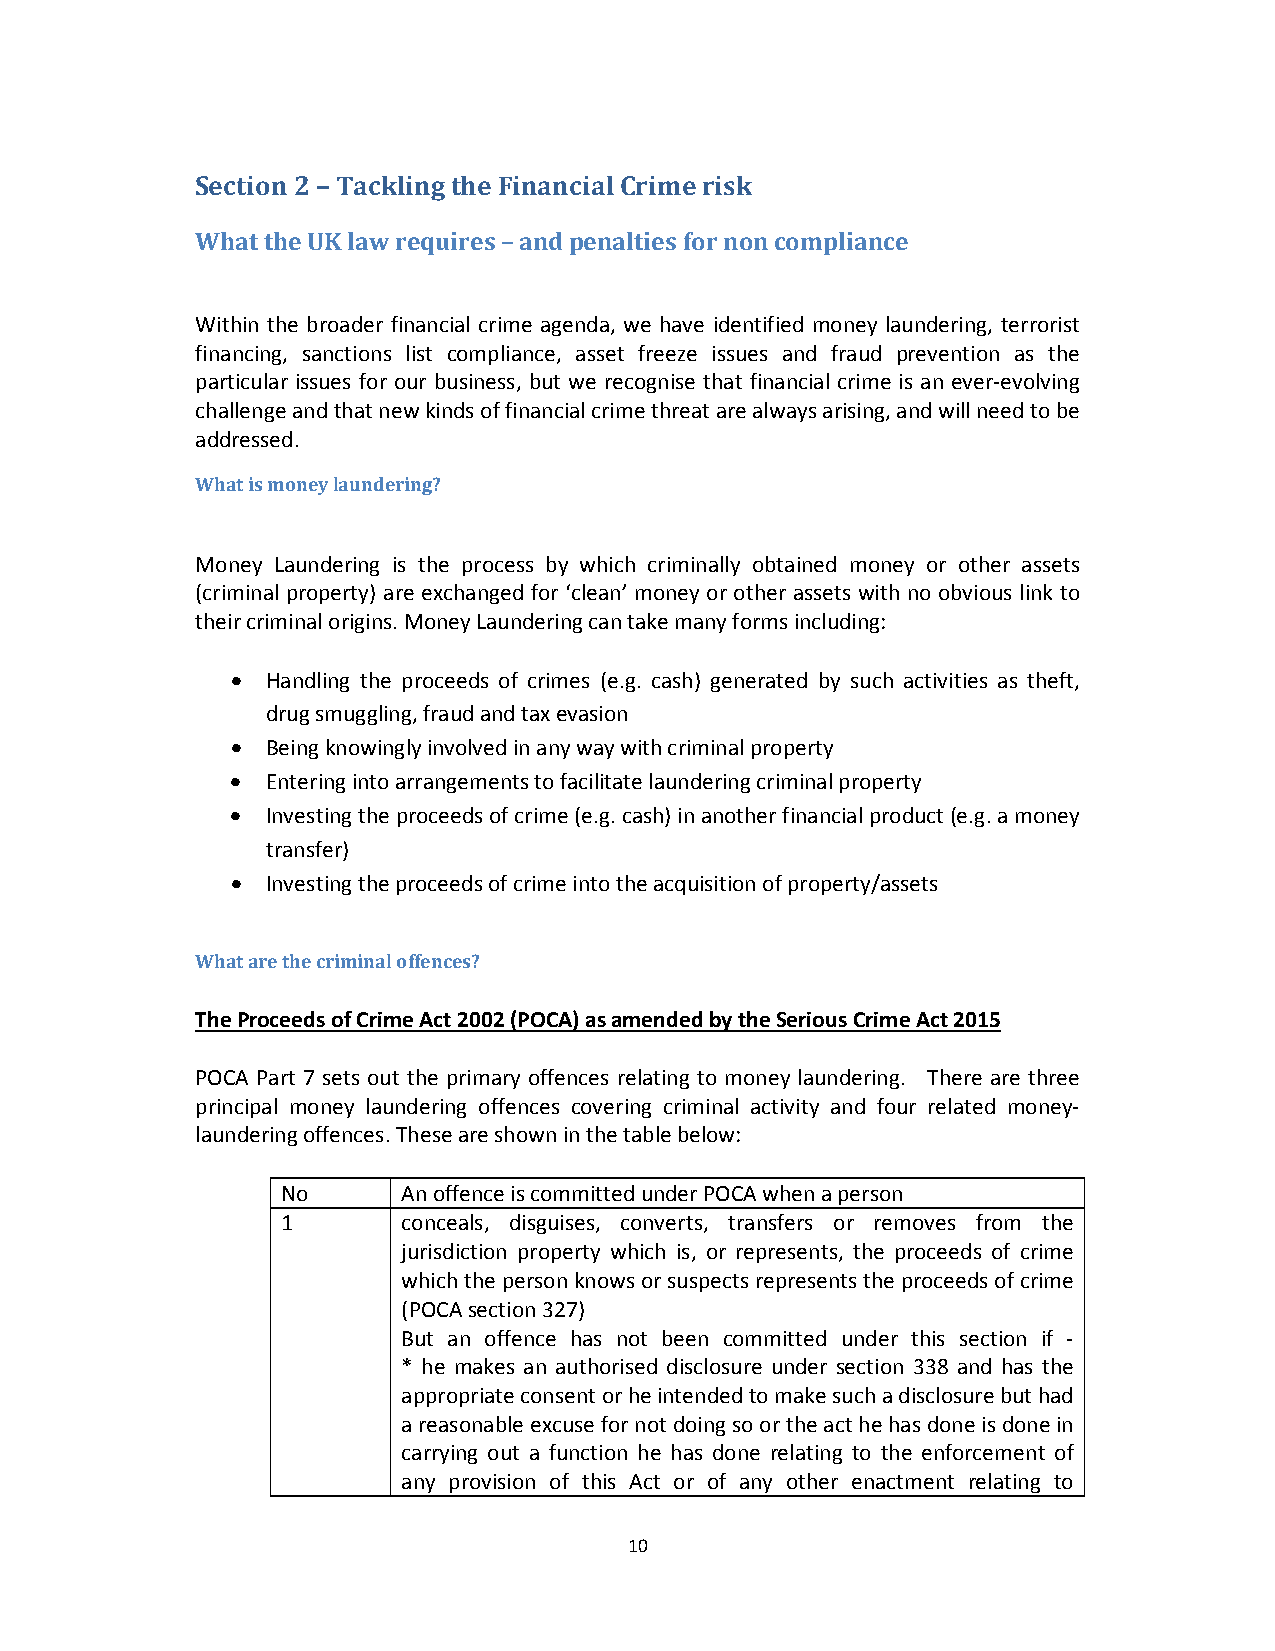
Section 2 – Tackling the Financial Crime risk
 What the UK law requires – and penalties for non compliance
 Within the broader financial crime agenda, we have identified money laundering, terrorist
 financing, sanctions list compliance, asset freeze issues and fraud prevention as the
 particular issues for our business, but we recognise that financial crime is an ever‐evolving
 challenge and that new kinds of financial crime threat are always arising, and will need to be
 addressed.
 What is money laundering?
 Money Laundering is the process by which criminally obtained money or other assets
 (criminal property) are exchanged for ‘clean’ money or other assets with no obvious link to
 their criminal origins. Money Laundering can take many forms including:
   Handling the proceeds of crimes (e.g. cash) generated by such activities as theft,
 drug smuggling, fraud and tax evasion
   Being knowingly involved in any way with criminal property
   Entering into arrangements to facilitate laundering criminal property
   Investing the proceeds of crime (e.g. cash) in another financial product (e.g. a money
 transfer)
   Investing the proceeds of crime into the acquisition of property/assets
 What are the criminal offences?
 The Proceeds of Crime Act 2002 (POCA) as amended by the Serious Crime Act 2015
 POCA Part 7 sets out the primary offences relating to money laundering. There are three
 principal money laundering offences covering criminal activity and four related money‐
 laundering offences. These are shown in the table below:
 No      An offence is committed under POCA when a person
 1       conceals, disguises, converts, transfers or removes from the
 jurisdiction property which is, or represents, the proceeds of crime
 which the person knows or suspects represents the proceeds of crime
 (POCA section 327)
 But an offence has not been committed under this section if ‐
 * he makes an authorised disclosure under section 338 and has the
 appropriate consent or he intended to make such a disclosure but had
 a reasonable excuse for not doing so or the act he has done is done in
 carrying out a function he has done relating to the enforcement of
 any provision of this Act or of any other enactment relating to
 10